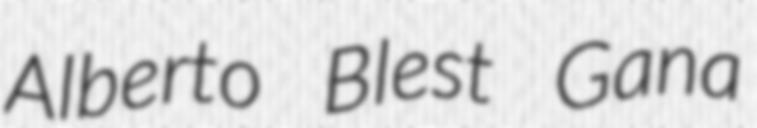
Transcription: Alberto Blest Gana